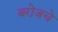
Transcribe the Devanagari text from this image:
बरोजचे